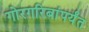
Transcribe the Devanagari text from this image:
गोरगरिबांपर्यंत